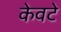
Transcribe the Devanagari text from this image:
केवटे